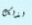
لذلك